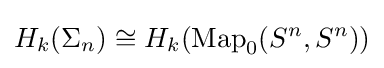
H_{k}(\Sigma _{n})\cong H_{k}({\text{Map}}_{0}(S^{n},S^{n}))